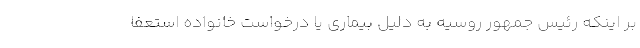
بر اینکه رئیس جمهور روسیه به دلیل بیماری یا درخواست خانواده استعفا